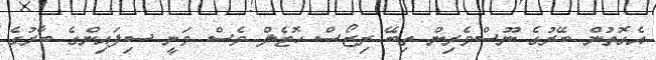
އެގޮތުން ބޭރުގެ ނޫސްވެރިން ތިބޭ ރިޒޯސް ހޮޓެލް ވެސް ވަނީ ސިފައިންގެ ބާރުގެ